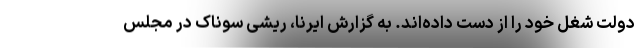
دولت شغل خود را از دست داده‌اند. به گزارش ایرنا، ریشی سوناک در مجلس